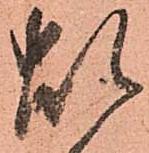
煩